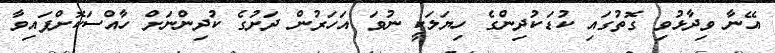
އޭނާ ވިދާޅުވި ގޮތުގައި ކުޑަކުދިންގެ ހިޔަލަކީ ނުވަ އަހަރުން ދަށުގެ ކުދިންނަށް ހާއްސަކޮށްފައިވާ